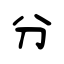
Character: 分